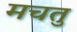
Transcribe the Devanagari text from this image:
मचतु